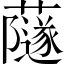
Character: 𧁂